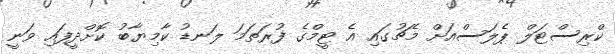
ކްރިސްޓަލް ޕެލަސްއަށް މެޗުގައި އެ ޓީމްގެ ފުރަތަމަ ލަނޑު ކާމިޔާބު ކޮށްދީފައި ވަނީ